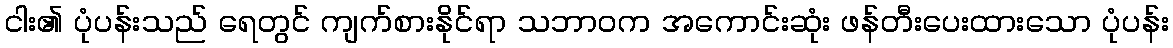
ငါး၏ ပုံပန်းသည် ရေတွင် ကျက်စားနိုင်ရာ သဘာဝက အကောင်းဆုံး ဖန်တီးပေးထားသော ပုံပန်း